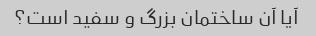
آیا آن ساختمان بزرگ و سفید است؟